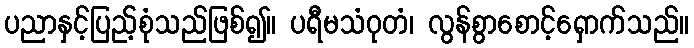
ပညာနှင့်ပြည့်စုံသည်ဖြစ်၍။ ပရီမသံဝုတံ၊ လွန်စွာစောင့်ရှောက်သည်။